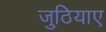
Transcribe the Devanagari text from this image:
जुठियाए